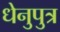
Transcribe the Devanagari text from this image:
धेनुपुत्र